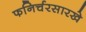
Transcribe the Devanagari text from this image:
फनिर्चरसारखे